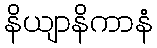
နိယျာနိကာနံ